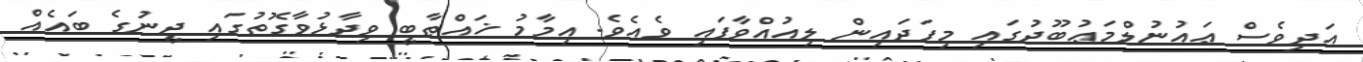
އަދިވެސް ޢައުނުލްމަޢުބޫދުގައި މިފަދައިން ލިއުއްވާފައި ވެއެވެ. އިމާމު ޚައްޠާބީ ވިދާޅުވާގޮތުގައި ދީނުގެ ބައެއް